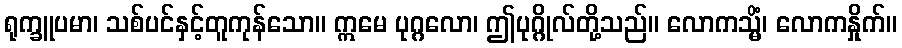
ရုက္ခူပမာ၊ သစ်ပင်နှင့်တူကုန်သော။ ဣမေ ပုဂ္ဂလော၊ ဤပုဂ္ဂိုလ်တို့သည်။ လောကသ္မိံ၊ လောကနှိုက်။